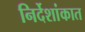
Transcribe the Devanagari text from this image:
निर्देशांकात